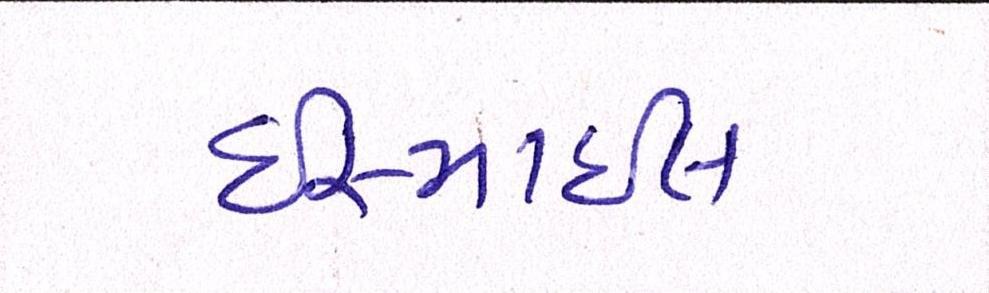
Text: ઈસ્માઈલ